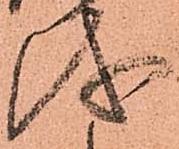
儀